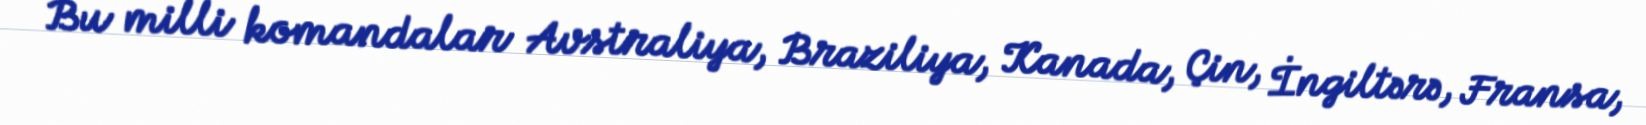
Bu milli komandalar Avstraliya, Braziliya, Kanada, Çin, İngiltərə, Fransa,